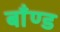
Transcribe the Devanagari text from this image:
बाँण्ड